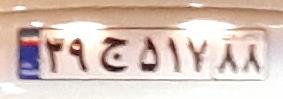
۳۹ج۵۱۷۸۸